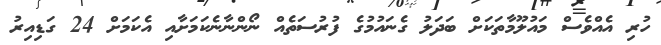
ހުރި އެއްވެސް މައުލޫމާތަކަށް ބަދަލު ގެނައުމުގެ ފުރުސަތެއް ނޯންނާނެކަމަށާއި އެކަމަށް 24 ގަޑިއިރު